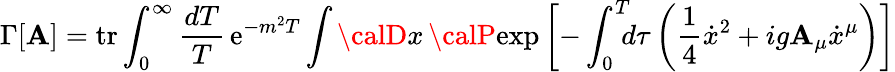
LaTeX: \Gamma\lbrack\mathbf{A}\rbrack=\mathrm{{tr}}\int_{0}^{\infty}{\frac{{dT}}{{T}}}\, \mathrm{{e}}^{-m^{2}T}\int{\calD}x\, {\calP}\mathrm{{exp}}\left[-\int_{0}^{T}\! \! \! d\tau\left({\frac{{1}}{{4}}}{\dot{{x}}}^{2}+ig\mathbf{A}_{\mu}\dot{{x}}^{\mu}\right)\right]